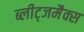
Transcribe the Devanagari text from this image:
ब्लीट्जमैक्स